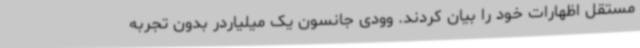
مستقل اظهارات خود را بیان کردند. وودی جانسون یک میلیاردر بدون تجربه